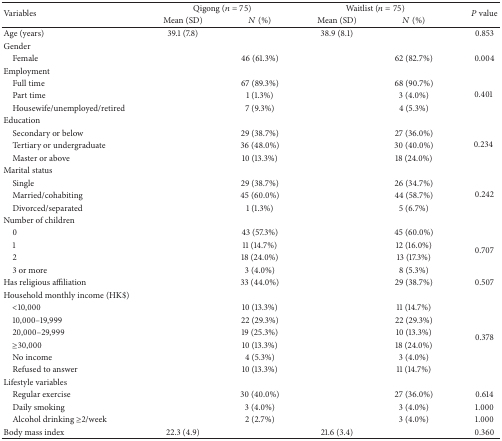
<table><thead><tr><td rowspan="2"><b>Variables</b></td><td colspan="2"><b>Qigong (<i>n</i> = 75)</b></td><td colspan="2"><b>Waitlist (<i>n</i> = 75)</b></td><td rowspan="2"><b><i>P</i> value</b></td></tr><tr><td><b>Mean (SD)</b></td><td><b><i>N</i> (%)</b></td><td><b>Mean (SD)</b></td><td><b><i>N</i> (%)</b></td></tr></thead><tbody><tr><td>Age (years)</td><td>39.1 (7.8)</td><td> </td><td>38.9 (8.1)</td><td> </td><td>0.853</td></tr><tr><td>Gender</td><td> </td><td> </td><td> </td><td> </td><td> </td></tr><tr><td> Female</td><td> </td><td>46 (61.3%)</td><td> </td><td>62 (82.7%)</td><td>0.004</td></tr><tr><td>Employment</td><td> </td><td> </td><td> </td><td> </td><td> </td></tr><tr><td> Full time</td><td> </td><td>67 (89.3%)</td><td> </td><td>68 (90.7%)</td><td rowspan="3">0.401 </td></tr><tr><td> Part time</td><td> </td><td>1 (1.3%)</td><td> </td><td>3 (4.0%)</td></tr><tr><td> Housewife/unemployed/retired</td><td> </td><td>7 (9.3%) </td><td> </td><td>4 (5.3%) </td></tr><tr><td>Education</td><td> </td><td> </td><td> </td><td> </td><td> </td></tr><tr><td> Secondary or below</td><td> </td><td>29 (38.7%)</td><td> </td><td>27 (36.0%)</td><td rowspan="3">0.234 </td></tr><tr><td> Tertiary or undergraduate</td><td> </td><td>36 (48.0%)</td><td> </td><td>30 (40.0%)</td></tr><tr><td> Master or above</td><td> </td><td>10 (13.3%)</td><td> </td><td>18 (24.0%)</td></tr><tr><td>Marital status</td><td> </td><td> </td><td> </td><td> </td><td> </td></tr><tr><td> Single</td><td> </td><td>29 (38.7%)</td><td> </td><td>26 (34.7%)</td><td rowspan="3"> 0.242 </td></tr><tr><td> Married/cohabiting</td><td> </td><td>45 (60.0%)</td><td> </td><td>44 (58.7%)</td></tr><tr><td> Divorced/separated</td><td> </td><td>1 (1.3%)</td><td> </td><td>5 (6.7%)</td></tr><tr><td>Number of children</td><td> </td><td> </td><td> </td><td> </td><td> </td></tr><tr><td> 0</td><td> </td><td>43 (57.3%)</td><td> </td><td>45 (60.0%)</td><td rowspan="4"> 0.707 </td></tr><tr><td> 1</td><td> </td><td>11 (14.7%)</td><td> </td><td> 12 (16.0%)</td></tr><tr><td> 2</td><td> </td><td>18 (24.0%)</td><td> </td><td> 13 (17.3%)</td></tr><tr><td> 3 or more</td><td> </td><td>3 (4.0%)</td><td> </td><td> 8 (5.3%)</td></tr><tr><td>Has religious affiliation </td><td> </td><td>33 (44.0%) </td><td> </td><td>29 (38.7%) </td><td>0.507 </td></tr><tr><td>Household monthly income (HK$)</td><td> </td><td> </td><td> </td><td> </td><td> </td></tr><tr><td> &lt;10,000</td><td> </td><td>10 (13.3%)</td><td> </td><td>11 (14.7%)</td><td rowspan="6"> 0.378 </td></tr><tr><td> 10,000–19,999</td><td> </td><td>22 (29.3%)</td><td> </td><td>22 (29.3%)</td></tr><tr><td> 20,000–29,999</td><td> </td><td>19 (25.3%)</td><td> </td><td>10 (13.3%)</td></tr><tr><td> ≥30,000</td><td> </td><td>10 (13.3%)</td><td> </td><td>18 (24.0%)</td></tr><tr><td> No income</td><td> </td><td>4 (5.3%)</td><td> </td><td>3 (4.0%)</td></tr><tr><td> Refused to answer</td><td> </td><td>10 (13.3%)</td><td> </td><td>11 (14.7%)</td></tr><tr><td>Lifestyle variables</td><td> </td><td> </td><td> </td><td> </td><td> </td></tr><tr><td> Regular exercise</td><td> </td><td>30 (40.0%)</td><td> </td><td>27 (36.0%)</td><td>0.614</td></tr><tr><td> Daily smoking</td><td> </td><td>3 (4.0%)</td><td> </td><td>3 (4.0%)</td><td>1.000</td></tr><tr><td> Alcohol drinking ≥2/week</td><td> </td><td>2 (2.7%)</td><td> </td><td>3 (4.0%)</td><td>1.000</td></tr><tr><td>Body mass index</td><td>22.3 (4.9)</td><td> </td><td>21.6 (3.4)</td><td> </td><td>0.360</td></tr></tbody></table>